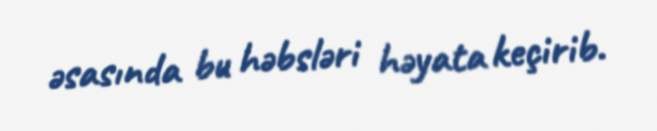
əsasında bu həbsləri həyata keçirib.